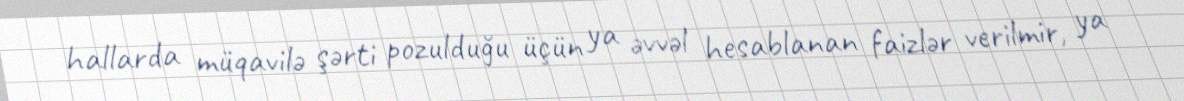
hallarda müqavilə şərti pozulduğu üçün ya əvvəl hesablanan faizlər verilmir, ya